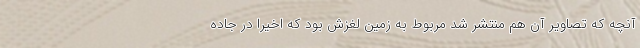
آنچه که تصاویر آن هم منتشر شد مربوط به زمین لغزش بود که اخیرا در جاده